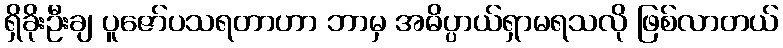
ရှိခိုးဦးချ ပူဇော်ပသရတာဟာ ဘာမှ အဓိပ္ပာယ်ရှာမရသလို ဖြစ်လာတယ်